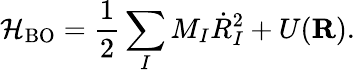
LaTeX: {\displaystyle{\cal H}_{\mathrm{BO}}=\frac{1}{2}\sum_{I}M_{I}{\dot{R}}_{I}^{2}+U({\mathbf R})}.